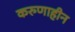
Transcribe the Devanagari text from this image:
करुणाहीन